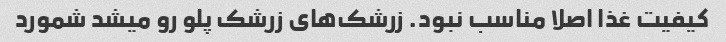
کیفیت غذا اصلا مناسب نبود. زرشک‌های زرشک پلو رو میشد شمورد